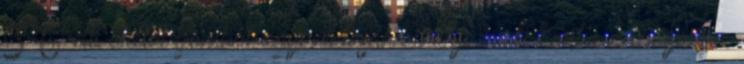
5-6 db erdei gombát egyenletesen elhelyezünk körbe a tányéron.